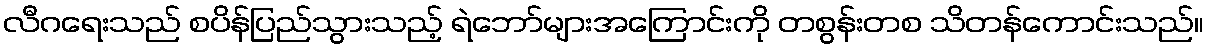
လီဂရေးသည် စပိန်ပြည်သွားသည့် ရဲဘော်များအကြောင်းကို တစွန်းတစ သိတန်ကောင်းသည်။